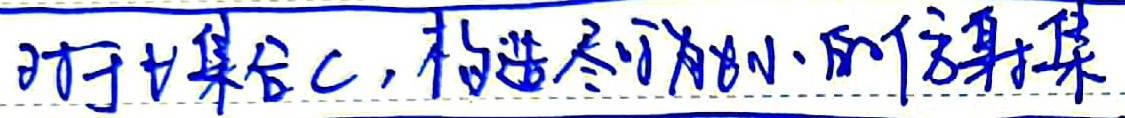
对于集合 \(C\)，构造尽可能小的仿射集